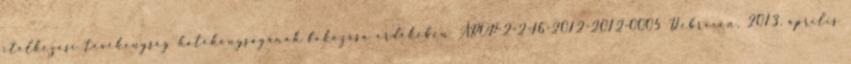
ítélkezési tevékenység hatékonyságának fokozása érdekében ÁROP-2-2-16-2012-2012-0005 Debrecen, 2013. április